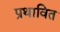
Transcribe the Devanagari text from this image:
प्रथावित